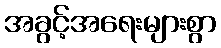
အခွင့်အရေးများစွာ